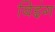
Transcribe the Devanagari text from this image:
बिइंग